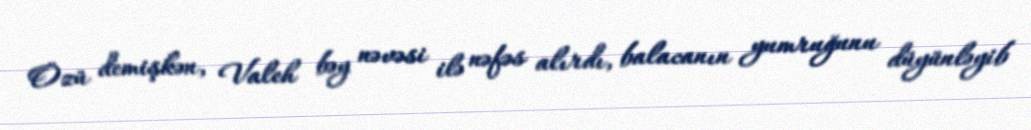
Özü demişkən, Valeh bəy nəvəsi ilə nəfəs alırdı, balacanın yumruğunu düyünləyib